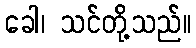
ခေါ၊ သင်တို့သည်။